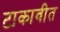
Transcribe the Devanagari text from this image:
टाकावीत